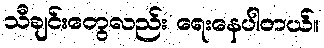
သီချင်းတွေလည်း ရေးနေပါတယ်။